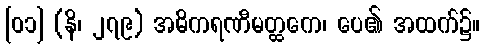
[၀၁] (နိ၊ ၂၇၉) အဓိကရဏီမတ္ထကေ၊ ပေ၏ အထက်၌။